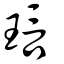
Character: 琂